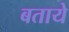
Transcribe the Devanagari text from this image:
बतायेे